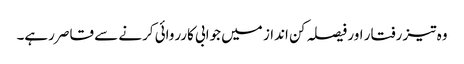
وہ تیز رفتار اور فیصلہ کن انداز میں جوابی کارروائی کرنے سے قاصر رہے۔